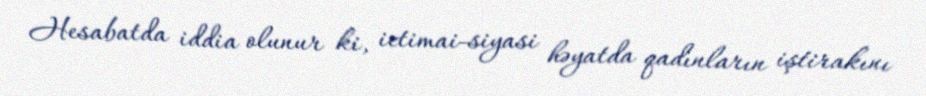
Hesabatda iddia olunur ki, ictimai-siyasi həyatda qadınların iştirakını